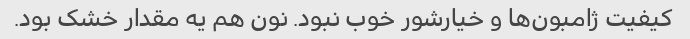
کیفیت ژامبون‌ها و خیارشور خوب نبود. نون هم یه مقدار خشک بود.